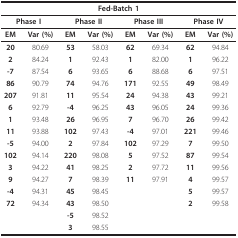
<table><thead><tr><td colspan="8"><b>Fed-Batch 1</b></td></tr></thead><tbody><tr><td colspan="2"><b>Phase I</b></td><td colspan="2"><b>Phase II</b></td><td colspan="2"><b>Phase III</b></td><td colspan="2"><b>Phase IV</b></td></tr><tr><td><b>EM</b></td><td><b>Var (%)</b></td><td><b>EM</b></td><td><b>Var (%)</b></td><td><b>EM</b></td><td><b>Var (%)</b></td><td><b>EM</b></td><td><b>Var (%)</b></td></tr><tr><td><b>20</b></td><td>80.69</td><td><b>53</b></td><td>58.03</td><td><b>62</b></td><td>69.34</td><td><b>62</b></td><td>94.84</td></tr><tr><td><b>2</b></td><td>84.24</td><td><b>1</b></td><td>92.43</td><td><b>1</b></td><td>82.00</td><td><b>1</b></td><td>96.22</td></tr><tr><td><b>-7</b></td><td>87.54</td><td><b>6</b></td><td>93.65</td><td><b>6</b></td><td>88.68</td><td><b>6</b></td><td>97.51</td></tr><tr><td><b>86</b></td><td>90.79</td><td><b>74</b></td><td>94.76</td><td><b>171</b></td><td>92.55</td><td><b>49</b></td><td>98.49</td></tr><tr><td><b>207</b></td><td>91.81</td><td><b>11</b></td><td>95.54</td><td><b>24</b></td><td>94.38</td><td><b>43</b></td><td>99.21</td></tr><tr><td><b>6</b></td><td>92.79</td><td><b>-4</b></td><td>96.25</td><td><b>43</b></td><td>96.05</td><td><b>24</b></td><td>99.36</td></tr><tr><td><b>1</b></td><td>93.48</td><td><b>26</b></td><td>96.95</td><td><b>7</b></td><td>96.70</td><td><b>26</b></td><td>99.42</td></tr><tr><td><b>11</b></td><td>93.88</td><td><b>102</b></td><td>97.43</td><td><b>-4</b></td><td>97.01</td><td><b>221</b></td><td>99.46</td></tr><tr><td><b>-5</b></td><td>94.00</td><td><b>2</b></td><td>97.84</td><td><b>102</b></td><td>97.29</td><td><b>7</b></td><td>99.50</td></tr><tr><td><b>102</b></td><td>94.14</td><td><b>220</b></td><td>98.08</td><td><b>5</b></td><td>97.52</td><td><b>87</b></td><td>99.54</td></tr><tr><td><b>3</b></td><td>94.22</td><td><b>41</b></td><td>98.25</td><td><b>2</b></td><td>97.72</td><td><b>11</b></td><td>99.56</td></tr><tr><td><b>9</b></td><td>94.27</td><td><b>7</b></td><td>98.39</td><td><b>11</b></td><td>97.91</td><td><b>4</b></td><td>99.57</td></tr><tr><td><b>-4</b></td><td>94.31</td><td><b>45</b></td><td>98.45</td><td></td><td></td><td><b>5</b></td><td>99.57</td></tr><tr><td><b>72</b></td><td>94.34</td><td><b>43</b></td><td>98.50</td><td></td><td></td><td><b>2</b></td><td>99.58</td></tr><tr><td></td><td></td><td><b>-5</b></td><td>98.52</td><td></td><td></td><td></td><td></td></tr><tr><td></td><td></td><td><b>3</b></td><td>98.55</td><td></td><td></td><td></td><td></td></tr></tbody></table>